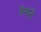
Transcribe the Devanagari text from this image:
पैरघंटी